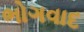
ભોગવાદ